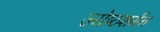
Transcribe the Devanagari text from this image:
ज्येष्ठशर्मन